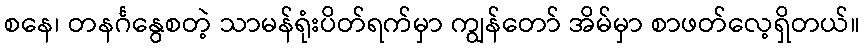
စနေ၊ တနင်္ဂနွေစတဲ့ သာမန်ရုံးပိတ်ရက်မှာ ကျွန်တော် အိမ်မှာ စာဖတ်လေ့ရှိတယ်။